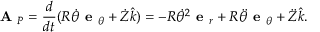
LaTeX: { \textbf { A } } _ { P } = { \frac { d } { d t } } ( R { \dot { \theta } } { \textbf { e } } _ { \theta } + { \dot { Z } } { \hat { k } } ) = - R { \dot { \theta } } ^ { 2 } { \textbf { e } } _ { r } + R { \ddot { \theta } } { \textbf { e } } _ { \theta } + { \ddot { Z } } { \hat { k } } .